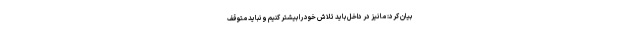
بیان کرد: ما نیز در داخل باید تلاش خود را بیشتر کنیم و نباید متوقف